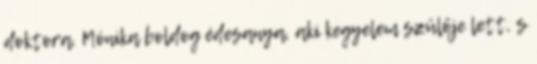
doktora. Mónika boldog édesanya, aki kegyelem szülője lett, s